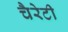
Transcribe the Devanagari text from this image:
चैरेटी